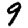
Digit: 9